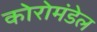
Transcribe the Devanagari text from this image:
कोरोमंडेल